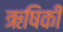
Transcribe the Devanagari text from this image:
ऋषिकी